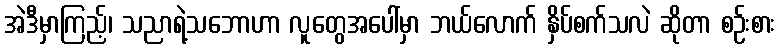
အဲဒီမှာကြည့်၊ သညာရဲ့သဘောဟာ လူတွေအပေါ်မှာ ဘယ်လောက် နှိပ်စက်သလဲ ဆိုတာ စဉ်းစား